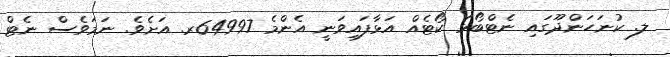
ލ. ކުނަހަންދޫގައި ނެޓްބޯޅަ ކޯޓެއް އަޅާފައިވަނީ އެންމެ 64997ރ. އަށެވެ. ނަމަވެސް ނެޓް